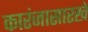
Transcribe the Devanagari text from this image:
कारंजासारखे